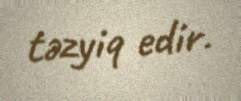
təzyiq edir.